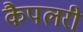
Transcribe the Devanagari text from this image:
कैपलरी